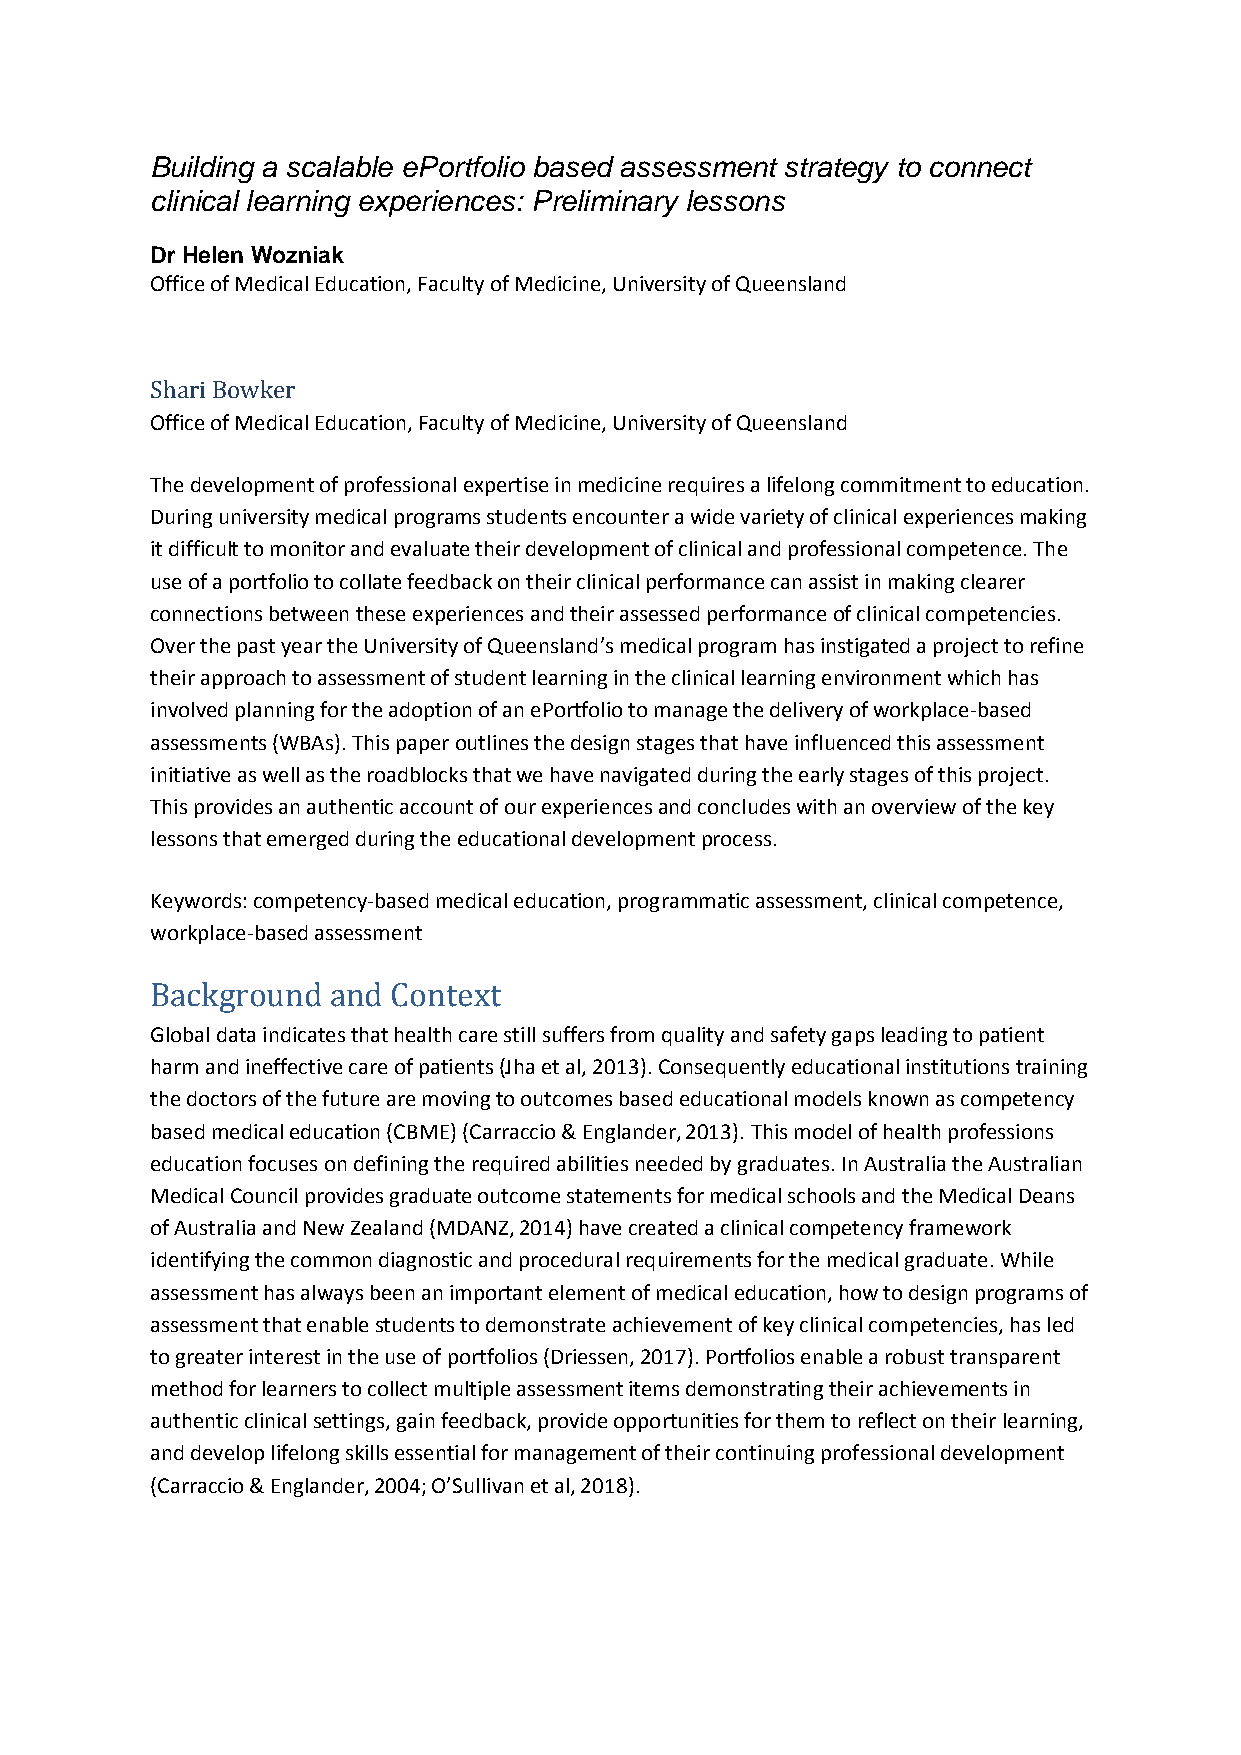
Building a scalable ePortfolio based assessment strategy to connect
 clinical learning experiences: Preliminary lessons
 Dr Helen Wozniak
 Office of Medical Education, Faculty of Medicine, University of Queensland
 Shari Bowker
 Office of Medical Education, Faculty of Medicine, University of Queensland
 The development of professional expertise in medicine requires a lifelong commitment to education.
 During university medical programs students encounter a wide variety of clinical experiences making
 it difficult to monitor and evaluate their development of clinical and professional competence. The
 use of a portfolio to collate feedback on their clinical performance can assist in making clearer
 connections between these experiences and their assessed performance of clinical competencies.
 Over the past year the University of Queensland’s medical program has instigated a project to refine
 their approach to assessment of student learning in the clinical learning environment which has
 involved planning for the adoption of an ePortfolio to manage the delivery of workplace-based
 assessments (WBAs). This paper outlines the design stages that have influenced this assessment
 initiative as well as the roadblocks that we have navigated during the early stages of this project.
 This provides an authentic account of our experiences and concludes with an overview of the key
 lessons that emerged during the educational development process.
 Keywords: competency-based medical education, programmatic assessment, clinical competence,
 workplace-based assessment
 Background  and Context
 Global data indicates that health care still suffers from quality and safety gaps leading to patient
 harm and ineffective care of patients (Jha et al, 2013). Consequently educational institutions training
 the doctors of the future are moving to outcomes based educational models known as competency
 based medical education (CBME) (Carraccio & Englander, 2013). This model of health professions
 education focuses on defining the required abilities needed by graduates. In Australia the Australian
 Medical Council provides graduate outcome statements for medical schools and the Medical Deans
 of Australia and New Zealand (MDANZ, 2014) have created a clinical competency framework
 identifying the common diagnostic and procedural requirements for the medical graduate. While
 assessment has always been an important element of medical education, how to design programs of
 assessment that enable students to demonstrate achievement of key clinical competencies, has led
 to greater interest in the use of portfolios (Driessen, 2017). Portfolios enable a robust transparent
 method for learners to collect multiple assessment items demonstrating their achievements in
 authentic clinical settings, gain feedback, provide opportunities for them to reflect on their learning,
 and develop lifelong skills essential for management of their continuing professional development
 (Carraccio & Englander, 2004; O’Sullivan et al, 2018).